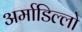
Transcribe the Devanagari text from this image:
अर्माडिल्लो